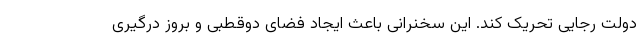
دولت رجایی تحریک کند. این سخنرانی باعث ایجاد فضای دوقطبی و بروز درگیری